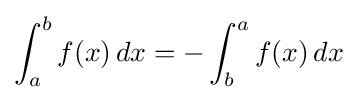
\int _{a}^{b}f(x)\,dx=-\int _{b}^{a}f(x)\,dx